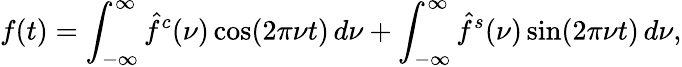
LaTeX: f(t)=\int_{-\infty}^{\infty}{\hat{f}}^{c}(\nu)\cos(2\pi\nu t)\, d\nu+\int_{-\infty}^{\infty}{\hat{f}}^{s}(\nu)\sin(2\pi\nu t)\, d\nu,